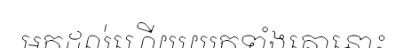
មកដល់ហើយយកទាំងគោនោះ